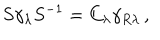
S \gamma _ { \lambda } S ^ { - 1 } = C _ { \lambda } \gamma _ { R \lambda } \, ,